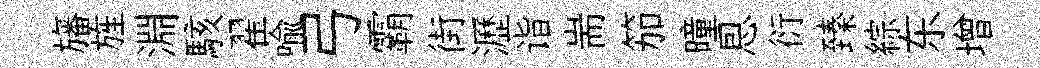
旛旌淵駭翟喩弓霸街瀝诣耑笳曈㤙衍臻綜东增